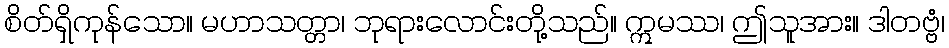
စိတ်ရှိကုန်သော။ မဟာသတ္တာ၊ ဘုရားလောင်းတို့သည်။ ဣမဿ၊ ဤသူအား။ ဒါတဗ္ဗံ၊